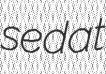
sedat